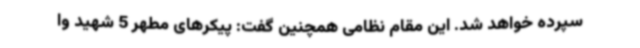
سپرده خواهد شد. این مقام نظامی همچنین گفت: پیکرهای مطهر 5 شهید وا